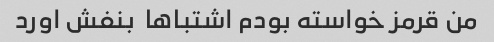
من قرمز خواسته بودم اشتباها  بنفش اورد